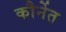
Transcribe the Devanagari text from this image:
कौर्नेत